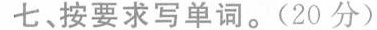
七、按要求写单词。(20分)